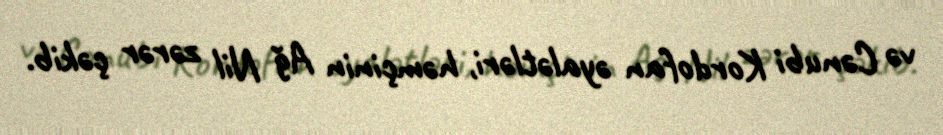
və Cənubi Kordofan əyalətləri, həmçinin Ağ Nil zərər çəkib.